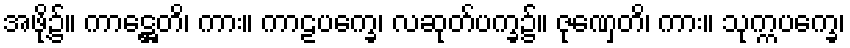
အဖို့၌။ ကာဋ္ဌေတိ၊ ကား။ ကာဠပက္ခေ၊ လဆုတ်ပက္ခ၌။ ဇုဏှေတိ၊ ကား။ သုက္ကပက္ခေ၊